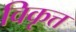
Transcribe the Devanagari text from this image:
विकृत्त